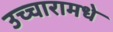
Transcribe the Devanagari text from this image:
उच्चारामधे